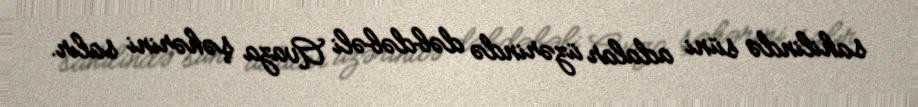
sahilində süni adalar üzərində dəbdəbəli Avaza şəhərini salır.